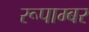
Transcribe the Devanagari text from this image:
रूपाम्बर